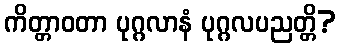
ကိတ္တာဝတာ ပုဂ္ဂလာနံ ပုဂ္ဂလပညတ္တိ?